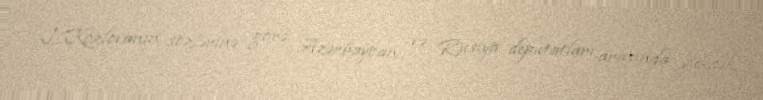
L.Kozlovanın sözlərinə görə, Azərbaycan və Rusiya deputatları arasında yüksək